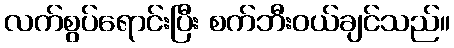
လက်စွပ်ရောင်းပြီး စက်ဘီးဝယ်ချင်သည်။